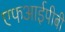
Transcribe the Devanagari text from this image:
एफआईपीबी